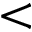
<